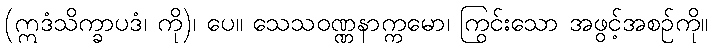
(ဣဒံသိက္ခာပဒံ၊ ကို)၊ ပေ။ သေသဝဏ္ဏနာက္ကမော၊ ကြွင်းသော အဖွင့်အစဉ်ကို။